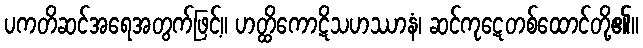
ပကတိဆင်အရေအတွက်ဖြင့်။ ဟတ္ထိကောဋိသဟဿာနံ၊ ဆင်ကုဋေတစ်ထောင်တို့၏။